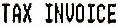
TAX INVOICE